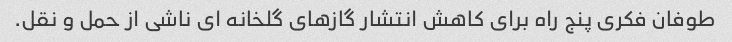
طوفان فکری پنج راه برای کاهش انتشار گازهای گلخانه ای ناشی از حمل و نقل.